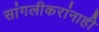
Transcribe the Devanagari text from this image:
सांगलीकरांनाही